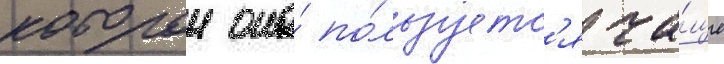
которои она́ по́льзуетс'я ча́ще